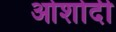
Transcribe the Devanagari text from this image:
ओशोदी